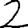
Digit: 2